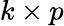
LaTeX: k\times p